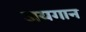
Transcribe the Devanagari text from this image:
जयगान